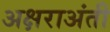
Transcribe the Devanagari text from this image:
अक्षराअंती